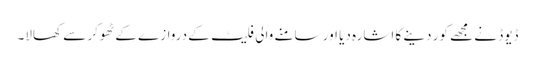
ڈیوڈ نے مجھے کور دینے کا اشارہ دیا اور سامنے والی فلیٹ کے دروازے کے ٹھوکر سے کھالا۔